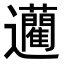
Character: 𨙟